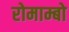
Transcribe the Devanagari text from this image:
रोमाम्बो